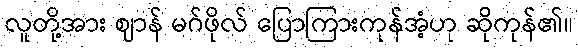
လူတို့အား ဈာန် မဂ်ဖိုလ် ပြောကြားကုန်အံ့ဟု ဆိုကုန်၏။